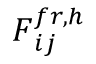
\boldsymbol { F } _ { i j } ^ { f r , h }